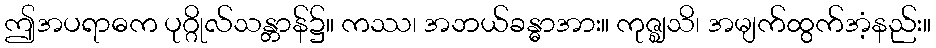
ဤအပရာဓက ပုဂ္ဂိုလ်သန္တာန်၌။ ကဿ၊ အဘယ်ခန္ဓာအား။ ကုဇ္ဈသိ၊ အမျက်ထွက်အံ့နည်း။